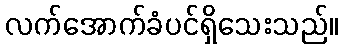
လက်အောက်ခံပင်ရှိသေးသည်။